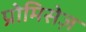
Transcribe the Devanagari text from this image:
प्रोमिसेज़